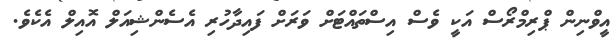
އީވްނިން ޕްރިމްރޯސް އަކީ ވެސް އިސްތައްޓަށް ވަރަށް ފައިދާހުރި އެސެންޝިއަލް އޮއިލް އެކެވެ.